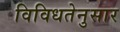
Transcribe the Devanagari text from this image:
विविधतेनुसार